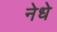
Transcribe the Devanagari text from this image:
नेधे